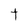
Character: t